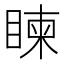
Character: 𥈵